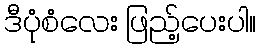
ဒီပုံစံလေး ဖြည့်ပေးပါ။